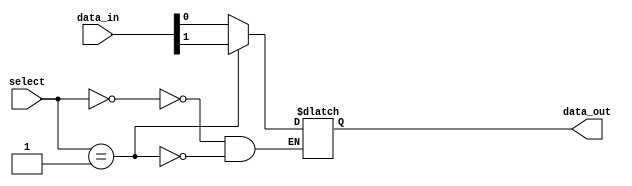
module mux_1024_1 (
    input [1023:0] data_in,
    input [9:0] select,
    output reg data_out
);

always @(*) begin
    case(select)
        10'd0: data_out = data_in[0];
        10'd1: data_out = data_in[1];
        // Repeat for the remaining 1022 cases
        // data_out = data_in[1023]
    endcase
end

endmodule